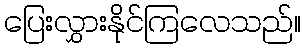
ပြေးလွှားနိုင်ကြလေသည်။